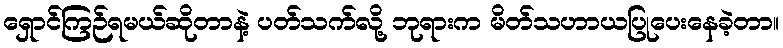
ရှောင်ကြဉ်ရမယ်ဆိုတာနဲ့ ပတ်သက်လို့ ဘုရားက မိတ်သဟာယပြုပေးနေခဲ့တာ။